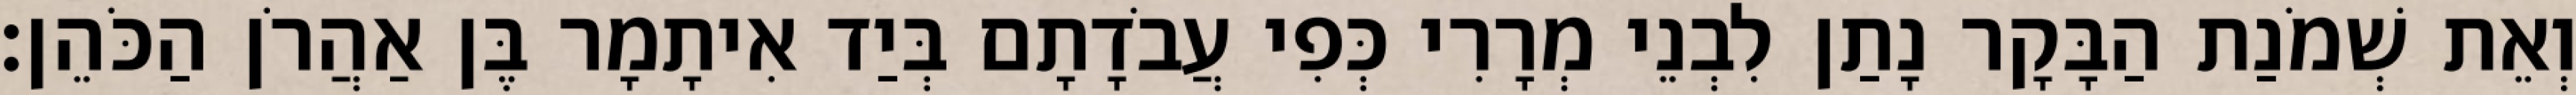
וְאֵת שְׁמֹנַת הַבָּקָר נָתַן לִבְנֵי מְרָרִי כְּפִי עֲבֹדָתָם בְּיַד אִיתָמָר בֶּן אַהֲרֹן הַכֹּהֵן׃